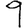
Digit: 9